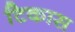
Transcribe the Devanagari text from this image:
टिकास